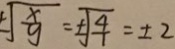
\sqrt { \frac { x } { 9 } } = \pm \sqrt { \frac { 4 } { 1 } } = \pm 2